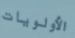
الأولويات